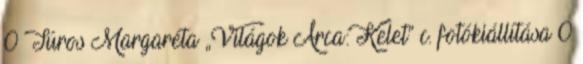
0 Túros Margaréta „Világok Arca: Kelet” c. fotókiállítása 0